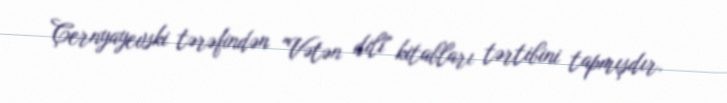
Çernyayevski tərəfindən "Vətən dili" kitabları tərtibini tapmışdır.